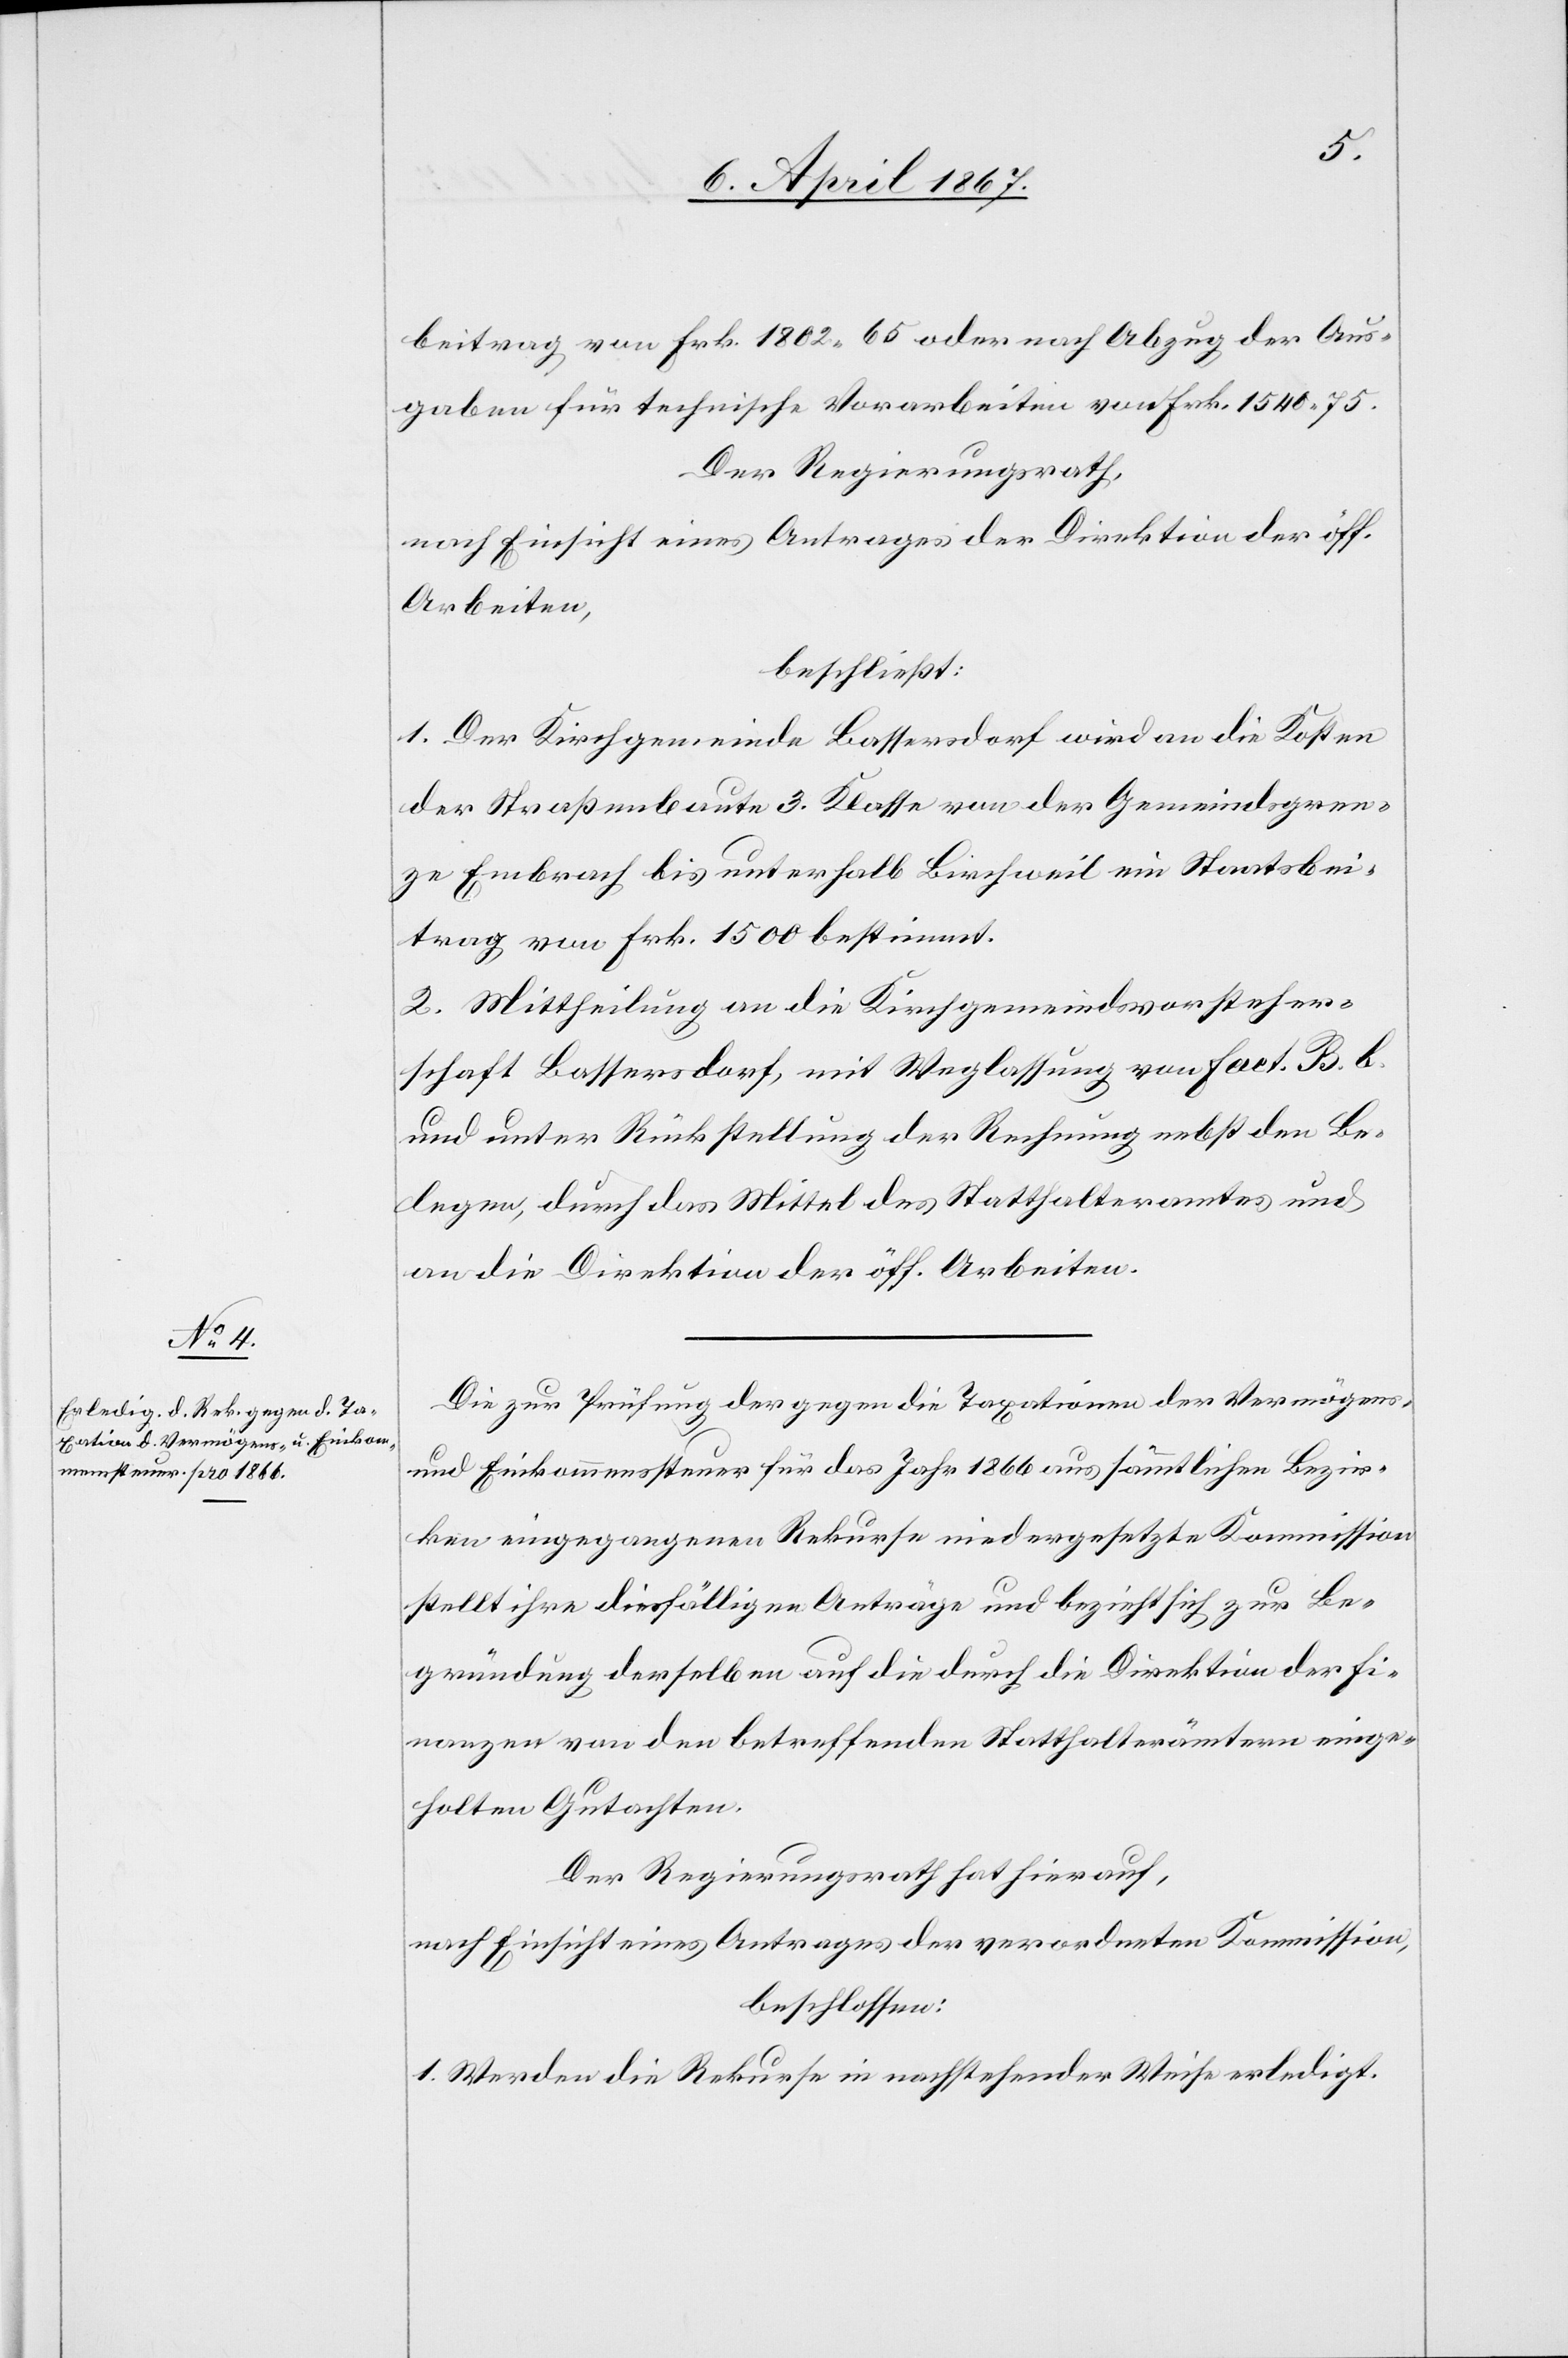
beitrag von Frk. 1802, 65 oder nach Abzug der Aus¬
gaben für technische Vorarbeiten von Frk. 1540, 75.
Der Regierungsrath,
nach Einsicht eines Antrages der Direktion der öff.
Arbeiten,
beschließt:
1. Der Kirchgemeinde Bassersdorf wird an die Kosten
der Straßenbaute 3. Klasse von der Gemeindsgren¬
ze Embrach bis unterhalb Birchweil ein Staatsbei¬
trag von Frk. 1500 bestimmt.
2. Mittheilung an die Kirchgemeindsvorsteher¬
schaft Bassersdorf, mit Weglassung von Fact. B. b.
und unter Rückstellung der Rechnung nebst den Be¬
legen, durch das Mittel des Statthalteramtes und
an die Direktion der öff. Arbeiten.
Die zur Prüfung der gegen die Taxationen der Vermögens-
und Einkommenssteuer für das Jahr 1866 aus sämmtlichen Bezir¬
ken eingezogenen Rekurse niedergesetzte Kommission
stellt ihre diesfälligen Anträge und bezieht sich zur Be¬
gründung derselben auf die durch die Direktion der Fi¬
nanzen von den betreffenden Statthalterämtern einge¬
holten Gutachten.
Der Regierungsrath hat hierauf,
nach Einsicht eines Antrages der verordneten Kommission,
beschlossen:
1. Werden die Rekurse in nachstehender Weise erledigt.